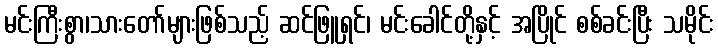
မင်းကြီးစွာ၊သားတော်များဖြစ်သည့် ဆင်ဖြူရှင်၊ မင်းခေါင်တို့နှင့် အပြိုင် စစ်ခင်းပြီး သမိုင်း